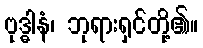
ဗုဒ္ဓါနံ၊ ဘုရားရှင်တို့၏။